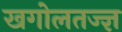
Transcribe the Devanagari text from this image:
खगोलतज्ज्ञ